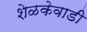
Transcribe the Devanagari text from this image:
शेळकेवाडी